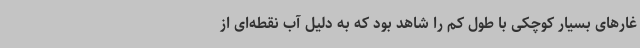
غارهای بسیار کوچکی با طول کم را شاهد بود که به دلیل آب نقطه‌ای از